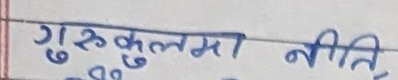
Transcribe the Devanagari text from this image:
गुरुकुलमा नीति